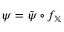
\psi = \tilde { \psi } \circ f _ { \mathbb { X } }